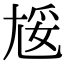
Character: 㞂